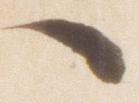
へ